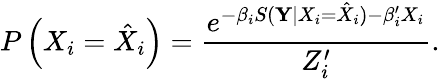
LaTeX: P\left({X}_{i}=\hat{X}_{i}\right)=\frac{e^{-\beta_{i}S(\mathbf{Y}|{X}_{i}=\hat{X}_{i})-\beta_{i}^{\prime}X_{i}}}{Z_{i}^{\prime}}.